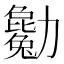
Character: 𠣄